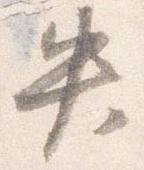
失